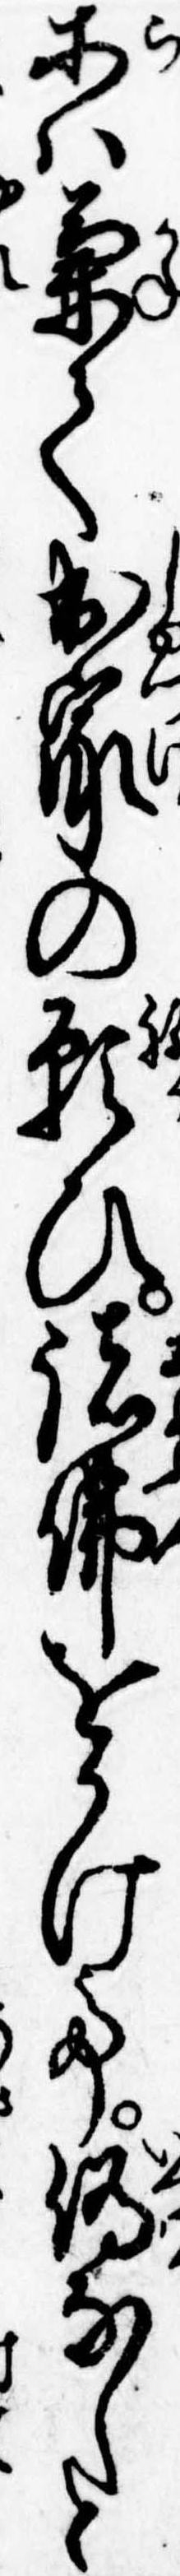
等は兼て出家の願ひ諸仏をかけて偽なしと